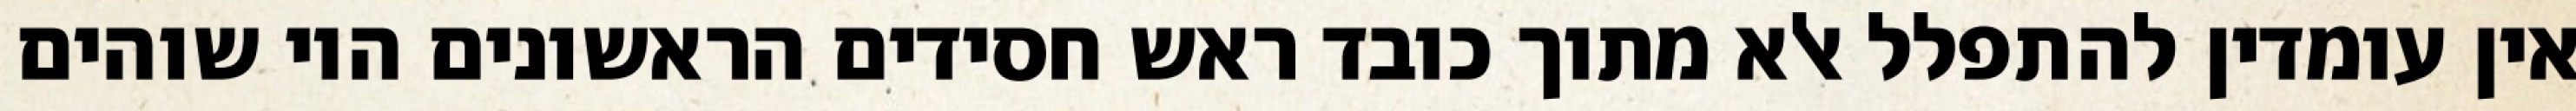
אין עומדין להתפלל אלא מתוך כובד ראש חסידים הראשונים היו שוהים